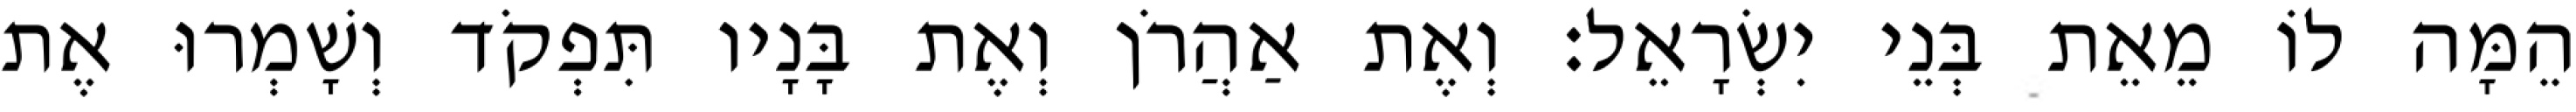
הֵמָּה לוֹ מֵאֵת בְּנֵי יִשְׂרָאֵל׃ וְאֶת אַהֲרֹן וְאֶת בָּנָיו תִּפְקֹד וְשָׁמְרוּ אֶת